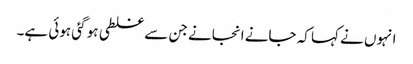
انہوں نے کہا کہ جانے انجانے جن سے غلطی ہو گئی ہوئی ہے۔